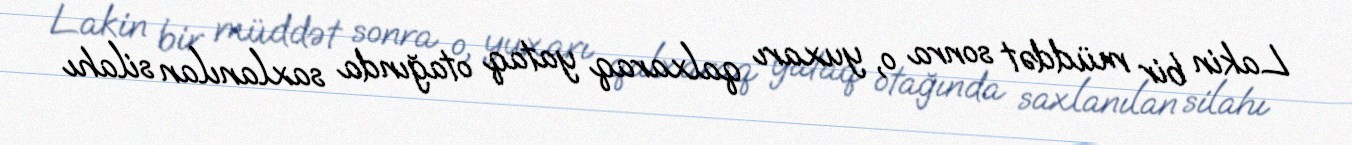
Lakin bir müddət sonra o, yuxarı qalxaraq yataq otağında saxlanılan silahı